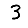
Digit: 3